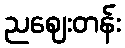
ညဈေးတန်း